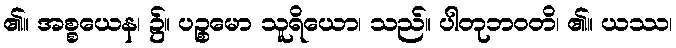
၏။ အစ္စယေန၊ ၌။ ပဉ္စမော သူရိယော၊ သည်။ ပါတုဘဝတိ၊ ၏။ ယဿ၊